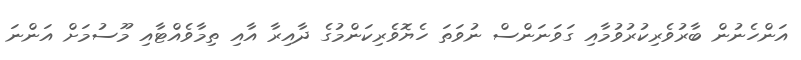
އަންހެނުން ބާރުވެރިކުރުވުމާއި ގަވަނަންސް ނުވަތަ ހެޔޮވެރިކަންމުގެ ދާއިރާ އާއި ތިމާވެއްޓާއި މޫސުމަށް އަންނަ